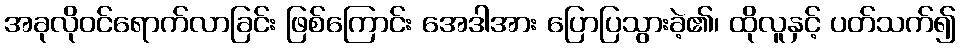
အခုလိုဝင်ရောက်လာခြင်း ဖြစ်ကြောင်း အေဒါအား ပြောပြသွားခဲ့၏၊ ထိုလူနှင့် ပတ်သက်၍